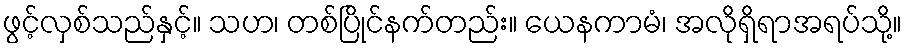
ဖွင့်လှစ်သည်နှင့်။ သဟ၊ တစ်ပြိုင်နက်တည်း။ ယေနကာမံ၊ အလိုရှိရာအရပ်သို့။